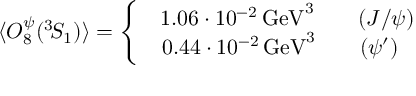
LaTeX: \langle { \cal O } _ { 8 } ^ { \psi } ( { } ^ { 3 } \! S _ { 1 } ) \rangle = \left\{ \begin{array} { c } { { \, \, \, 1 . 0 6 \cdot 1 0 ^ { - 2 } \, \mathrm { G e V } ^ { 3 } \qquad ( J / \psi ) } } \\ { { \! 0 . 4 4 \cdot 1 0 ^ { - 2 } \, \mathrm { G e V } ^ { 3 } \qquad ( \psi ^ { \prime } ) } } \end{array} \right.